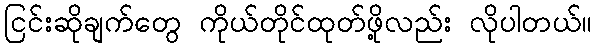
ငြင်းဆိုချက်တွေ ကိုယ်တိုင်ထုတ်ဖို့လည်း လိုပါတယ်။